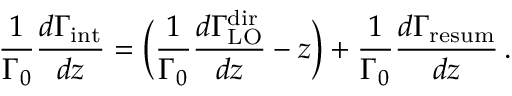
\frac { 1 } { \Gamma _ { 0 } } \frac { d \Gamma _ { \mathrm { i n t } } } { d z } = \bigg ( \frac { 1 } { \Gamma _ { 0 } } \frac { d \Gamma _ { \mathrm { L O } } ^ { \mathrm { d i r } } } { d z } - z \bigg ) + \frac { 1 } { \Gamma _ { 0 } } \frac { d \Gamma _ { \mathrm { r e s u m } } } { d z } \, .